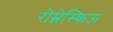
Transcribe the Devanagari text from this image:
रोम्नेस्किऊ